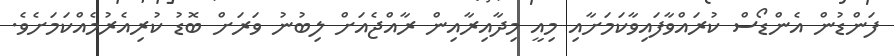
ފަންޑުން އެންޑޯސް ކުރައްވާފައިވާކަމަށާއި މިއީ މިދާއިރާއިން ރާއްޖެއަށް ލިބުނު ވަރަށް ބޮޑު ކުރިއެރުމެއްކަމަށެވެ.